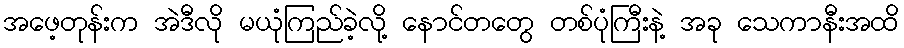
အဖေ့တုန်းက အဲဒီလို မယုံကြည်ခဲ့လို့ နောင်တတွေ တစ်ပုံကြီးနဲ့ အခု သေကာနီးအထိ